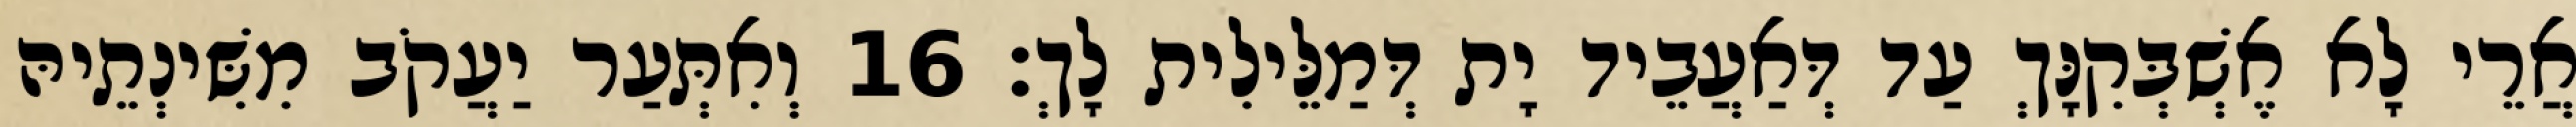
אֲרֵי לָא אֶשְׁבְּקִנָּךְ עַד דְּאַעֲבֵיד יָת דְּמַלֵּילִית לָךְ׃ 16 וְאִתְּעַר יַעֲקֹב מִשִּׁינְתֵיהּ